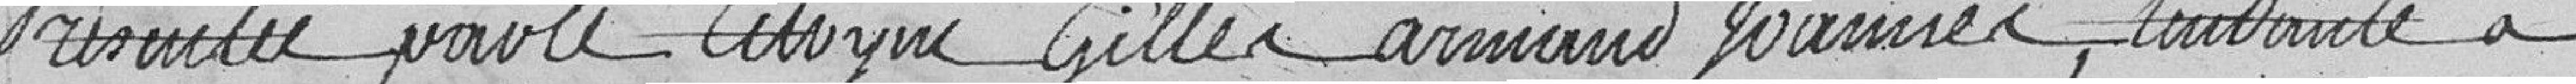
présentée par le citoyen Gilles armand joannes, condamne a